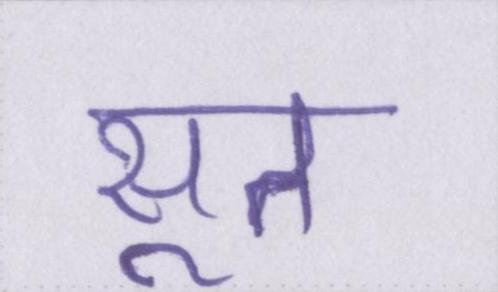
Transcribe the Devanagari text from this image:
सूत